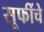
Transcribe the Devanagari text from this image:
सूफींचे